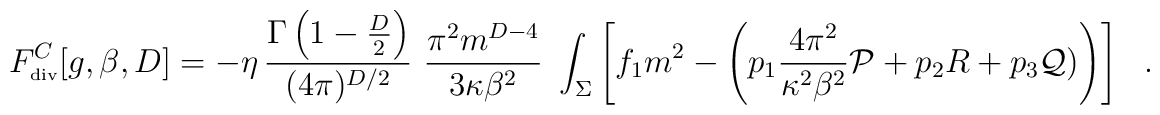
F^C_{\tiny\mbox{div}}[g,\beta,D]=-\eta\,{\Gamma\left(1-\frac D2\right) \over (4\pi)^{D/2}}\,\,{\pi^2 m^{D-4} \over 3\kappa \beta^2}\,\,\int_{\Sigma}\left[f_1 m^2- \left(p_1{4\pi^2 \over \kappa^2\beta^2} {\cal P}+p_2 R+p_3 {\cal Q})\right)\right]~~~.